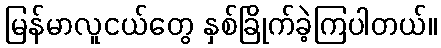
မြန်မာလူငယ်တွေ နှစ်ခြိုက်ခဲ့ကြပါတယ်။